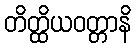
တိတ္ထိယဝတ္တာနိ